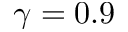
\gamma = 0 . 9